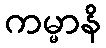
ကမ္မာနိ